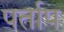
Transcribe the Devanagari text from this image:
पर्ताप